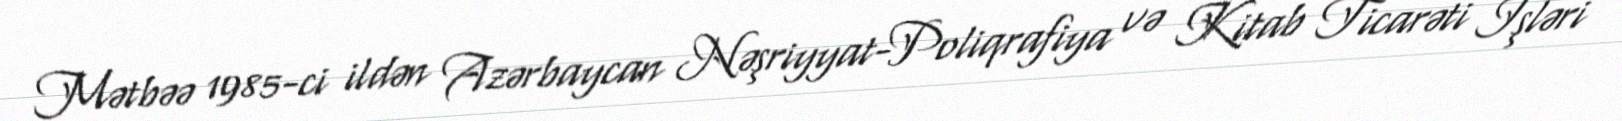
Mətbəə 1985-ci ildən Azərbaycan Nəşriyyat-Poliqrafiya və Kitab Ticarəti İşləri